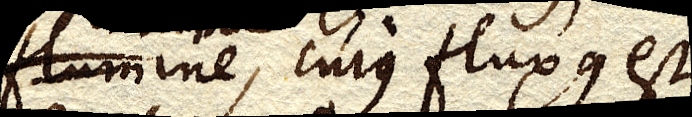
flumine, cujus fluxus est